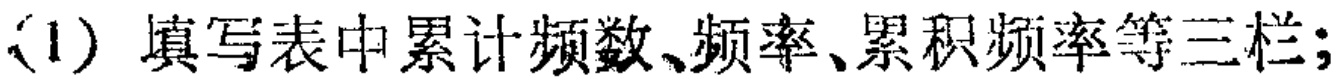
(1) 填写表中累计频数、频率、累积频率等三栏;